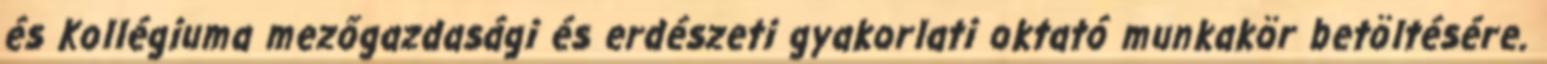
és Kollégiuma mezőgazdasági és erdészeti gyakorlati oktató munkakör betöltésére.